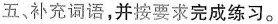
五、补充词语，并按要求完成练习。